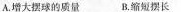
A.增大摆球的质量 B.缩短摆长